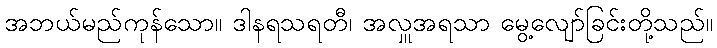
အဘယ်မည်ကုန်သော။ ဒါနရသရတီ၊ အလှူအရသာ မွေ့လျော်ခြင်းတို့သည်။